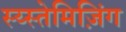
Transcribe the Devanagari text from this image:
स्य्स्तेमिज़िंग